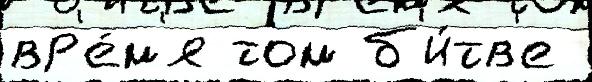
вр'е́м'я том б'и́тв'е